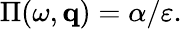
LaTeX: \Pi(\omega,{\mathbf q})=\alpha/\varepsilon.